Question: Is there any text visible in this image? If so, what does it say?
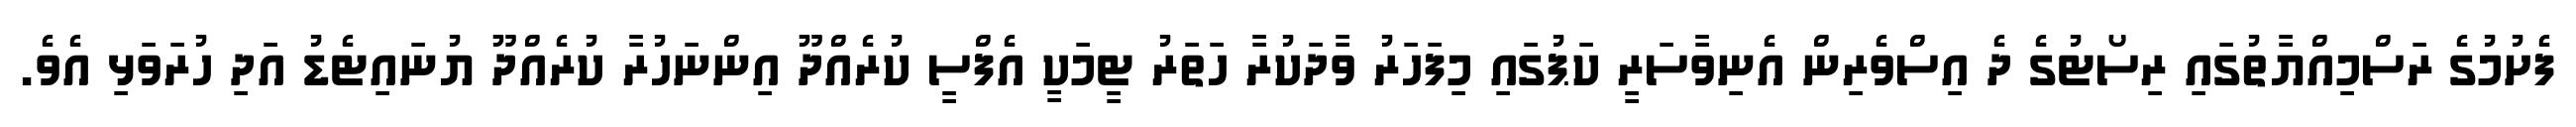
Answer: ފެށުމުގެ ރަސްމިއްޔާތުގައި ރިސޯޓުގެ ދެ އިސްވެރިން އެނިވާސަރީ ކަޕުގައި މިފަހަރު ވާދަކުރާ ހަތަރު ޓީމަކީ އެފްސީ ކުރެއްދޫ އިންނަހުރާ ކުރެއްދޫ ޔުނައިޓެޑު އަދި ހުރަވަޅި އެވެ.